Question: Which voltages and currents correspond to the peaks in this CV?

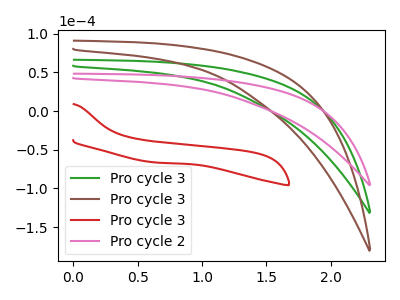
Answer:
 <answer>The green curve "Pro cycle 3" has no peaks. The brown curve "Pro cycle 3" has no peaks. The red curve "Pro cycle 3" has no peaks. The pink curve "Pro cycle 2" has no peaks.</answer>
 <eval></eval>